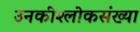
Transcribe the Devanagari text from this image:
उनकीश्लोकसंख्या